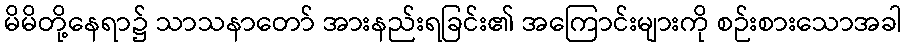
မိမိတို့နေရာ၌ သာသနာတော် အားနည်းရခြင်း၏ အကြောင်းများကို စဉ်းစားသောအခါ